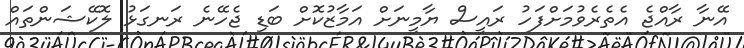
އޭނާ ރާއްޖެ އެތެރެވުމަށްފަހު ރައީސް ޔާމީނަށް އަމާޒުކޮށް ބަޑި ޖެހޭނެ ރަނގަޅު ލޮކޭޝަންތައް